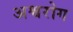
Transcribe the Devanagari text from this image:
अश्वरोग